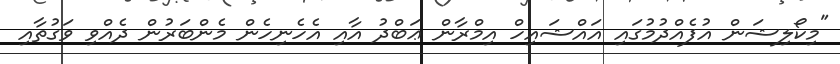
"މިކޯލިޝަން އުފެއްދުމުގައި އައްޝައިހް އިމްރާން ޢަބްދު އާއި އެހެނިހެން މެންބަރުން ދެއްވި ވަގުތާއި